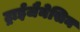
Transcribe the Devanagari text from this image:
ट्राईजैनेसिन